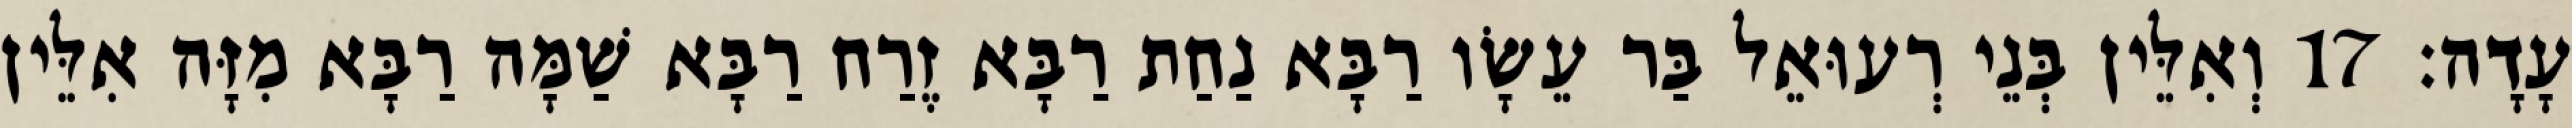
עָדָה׃ 17 וְאִלֵּין בְּנֵי רְעוּאֵל בַּר עֵשָׂו רַבָּא נַחַת רַבָּא זֶרַח רַבָּא שַׁמָּה רַבָּא מִזָּה אִלֵּין